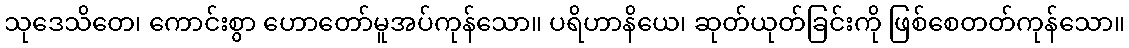
သုဒေသိတေ၊ ကောင်းစွာ ဟောတော်မူအပ်ကုန်သော။ ပရိဟာနိယေ၊ ဆုတ်ယုတ်ခြင်းကို ဖြစ်စေတတ်ကုန်သော။